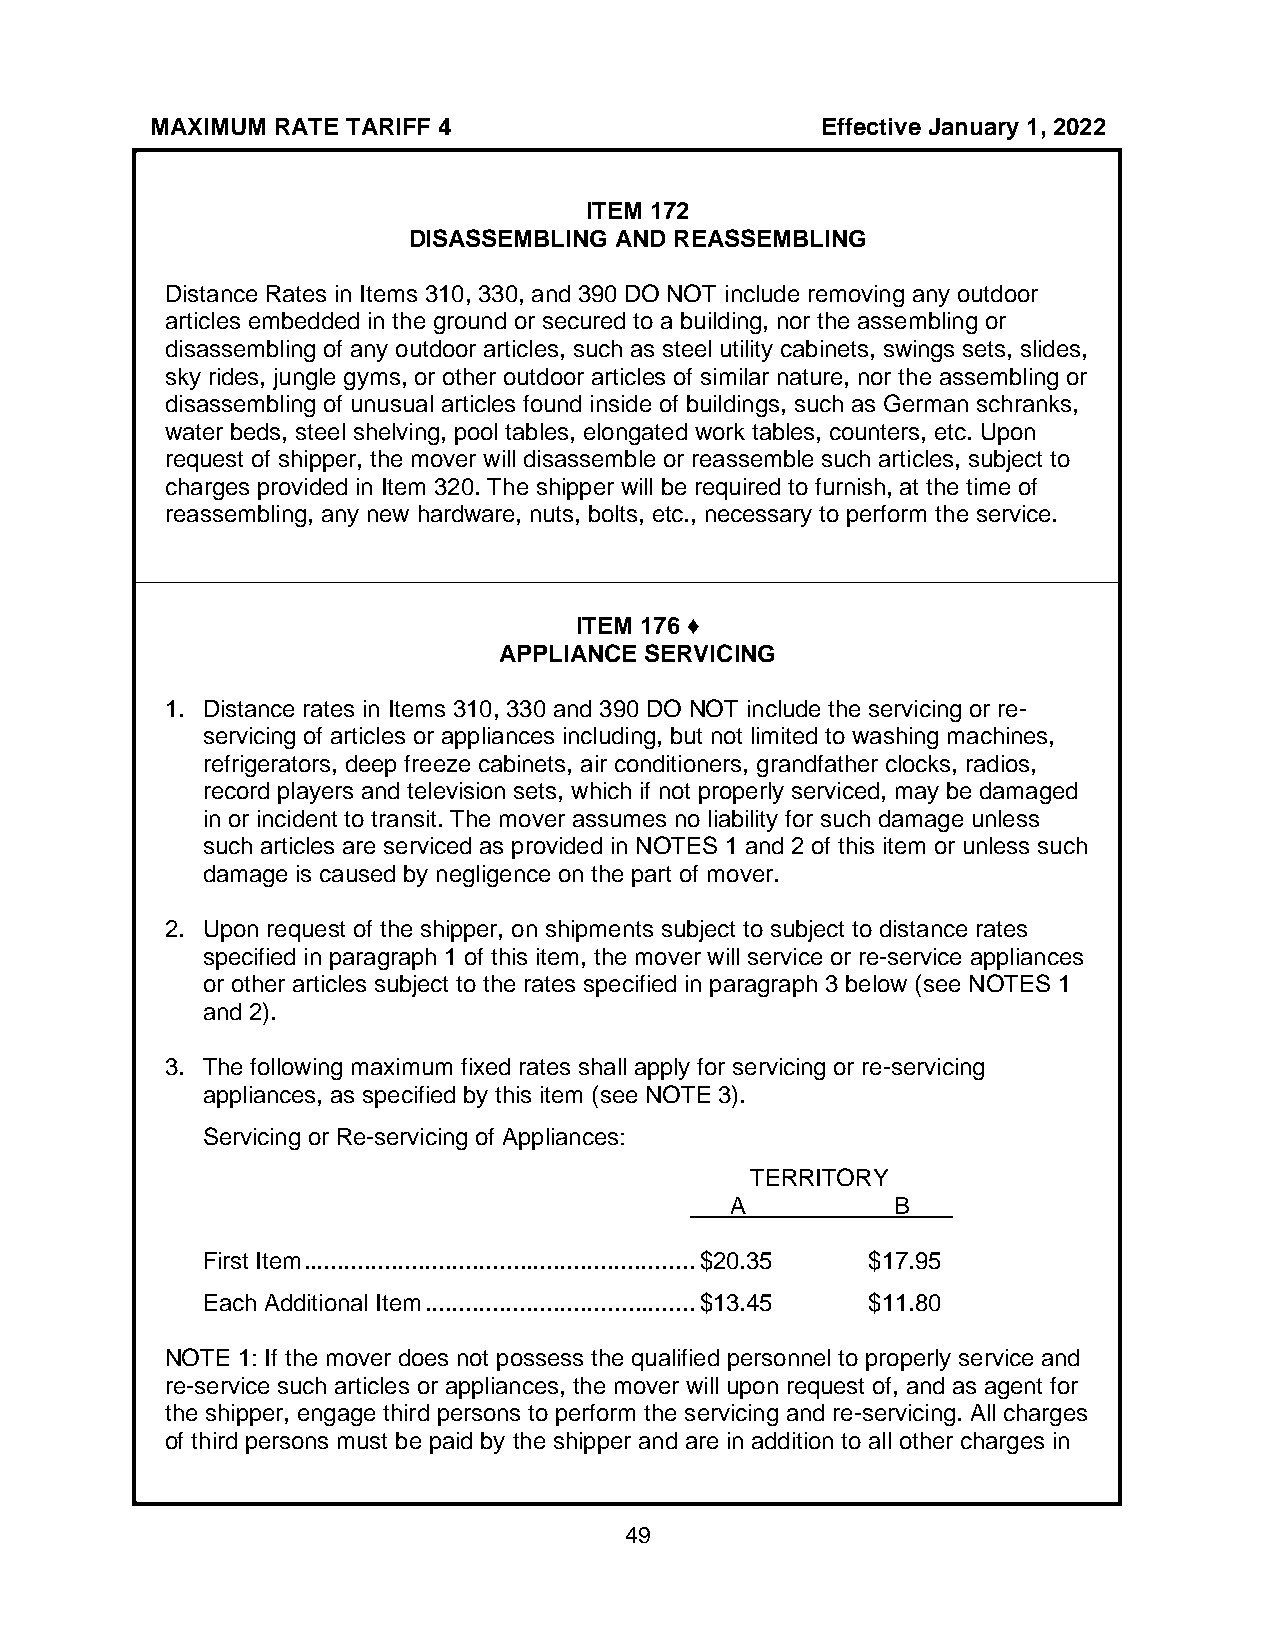
MAXIMUM RATE TARIFF 4                       Effective January 1, 2022
 ITEM 172
 DISASSEMBLING AND REASSEMBLING
 Distance Rates in Items 310, 330, and 390 DO NOT include removing any outdoor
 articles embedded in the ground or secured to a building, nor the assembling or
 disassembling of any outdoor articles, such as steel utility cabinets, swings sets, slides,
 sky rides, jungle gyms, or other outdoor articles of similar nature, nor the assembling or
 disassembling of unusual articles found inside of buildings, such as German schranks,
 water beds, steel shelving, pool tables, elongated work tables, counters, etc. Upon
 request of shipper, the mover will disassemble or reassemble such articles, subject to
 charges provided in Item 320. The shipper will be required to furnish, at the time of
 reassembling, any new hardware, nuts, bolts, etc., necessary to perform the service.
 ITEM 176 ♦
 APPLIANCE SERVICING
 1. Distance rates in Items 310, 330 and 390 DO NOT include the servicing or re-
 servicing of articles or appliances including, but not limited to washing machines,
 refrigerators, deep freeze cabinets, air conditioners, grandfather clocks, radios,
 record players and television sets, which if not properly serviced, may be damaged
 in or incident to transit. The mover assumes no liability for such damage unless
 such articles are serviced as provided in NOTES 1 and 2 of this item or unless such
 damage is caused by negligence on the part of mover.
 2. Upon request of the shipper, on shipments subject to subject to distance rates
 specified in paragraph 1 of this item, the mover will service or re-service appliances
 or other articles subject to the rates specified in paragraph 3 below (see NOTES 1
 and 2).
 3. The following maximum fixed rates shall apply for servicing or re-servicing
 appliances, as specified by this item (see NOTE 3).
 Servicing or Re-servicing of Appliances:
 TERRITORY
 A          B
 First Item .......................................................... $20.35 $17.95
 Each Additional Item ........................................ $13.45 $11.80
 NOTE 1: If the mover does not possess the qualified personnel to properly service and
 re-service such articles or appliances, the mover will upon request of, and as agent for
 the shipper, engage third persons to perform the servicing and re-servicing. All charges
 of third persons must be paid by the shipper and are in addition to all other charges in
 49